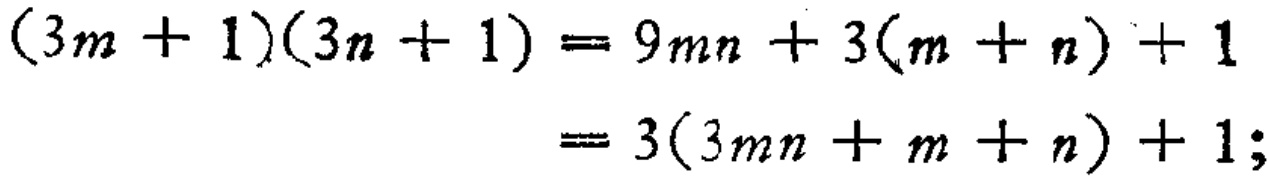
\[

\begin{align*}

(3m + 1)(3n + 1)&= 9mn + 3(m + n)+1\\

&=3(3mn + m + n)+1;

\end{align*}

\]